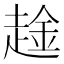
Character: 趛